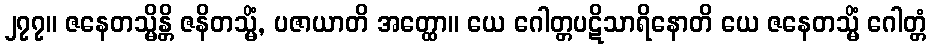
၂၇၇။ ဇနေတသ္မိန္တိ ဇနိတသ္မိံ, ပဇာယာတိ အတ္ထော။ ယေ ဂေါတ္တပဋိသာရိနောတိ ယေ ဇနေတသ္မိံ ဂေါတ္တံ